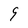
Character: 9